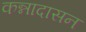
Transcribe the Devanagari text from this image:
कन्नादासन